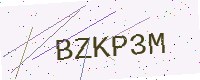
Text: BZKP3M